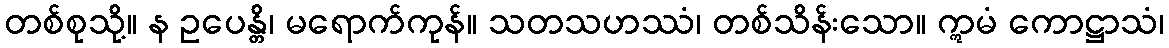
တစ်စုသို့။ န ဥပေန္တိ၊ မရောက်ကုန်။ သတသဟဿံ၊ တစ်သိန်းသော။ ဣမံ ကောဋ္ဌာသံ၊